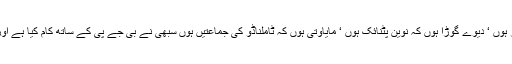
ممتابنرجی ہوں کہ نتیش کمار ہوں ‘ دیوے گوڑا ہوں کہ نوین پٹنائک ہوں ‘ مایاوتی ہوں کہ ٹاملناڈو کی جماعتیں ہوں سبھی نے بی جے پی کے ساتھ کام کیا ہے اور اس کے ساتھ اتحاد کیا ہے ۔